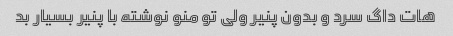
هات داگ سرد و بدون پنیر ولی تو منو نوشته با پنیر بسیار بد